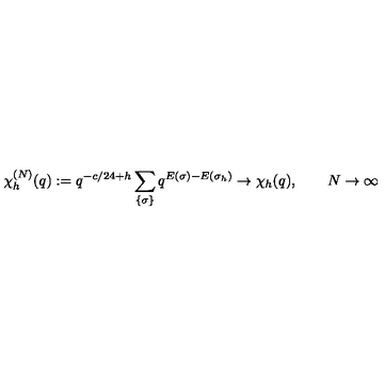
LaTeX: \chi _ { h } ^ { ( N ) } ( q ) : = q ^ { - c / 2 4 + h } \sum _ { \{ \sigma \} } q ^ { E ( \sigma ) - E ( \sigma _ { h } ) } \to \chi _ { h } ( q ) , \qquad N \to \infty